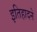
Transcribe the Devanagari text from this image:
इतिहादने